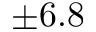
\pm 6 . 8